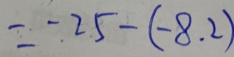
= - 2 5 - ( - 8 . 2 )